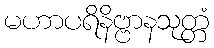
မဟာပရိနိဗ္ဗာနသုတ္တံ